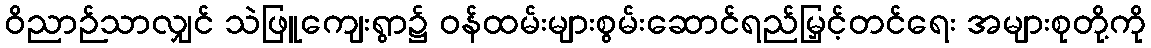
ဝိညာဉ်သာလျှင် သဲဖြူကျေးရွာ၌ ဝန်ထမ်းများစွမ်းဆောင်ရည်မြှင့်တင်ရေး အများစုတို့ကို